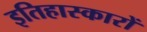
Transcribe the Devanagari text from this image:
इतिहास्कारों